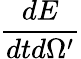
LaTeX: \frac{dE}{dtd\Omega^{\prime}}